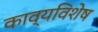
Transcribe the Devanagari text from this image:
काव्यविशेष